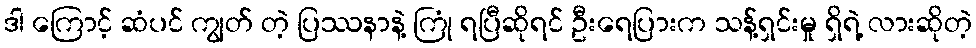
ဒါ ကြောင့် ဆံပင် ကျွတ် တဲ့ ပြဿနာနဲ့ ကြုံ ရပြီဆိုရင် ဦးရေပြားက သန့်ရှင်းမှု ရှိရဲ့ လားဆိုတဲ့